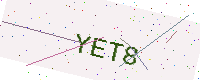
Text: YET8